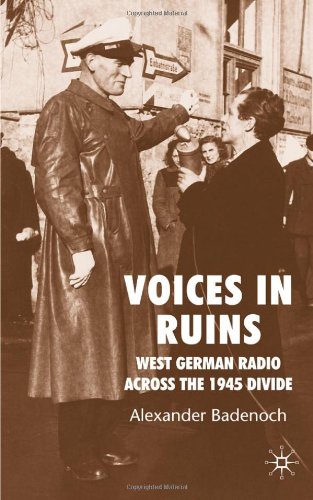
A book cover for Voices in Ruins: German Radio and National Reconstruction in the Wake of Total War; Alexander Badenoch; Humor & Entertainment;